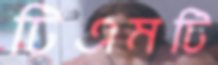
টিএমটি